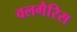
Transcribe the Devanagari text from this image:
वलगैरिस